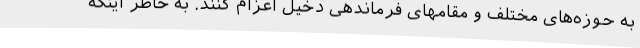
به حوزه‌های مختلف و مقامهای فرماندهی دخیل اعزام کنند. به خاطر اینکه